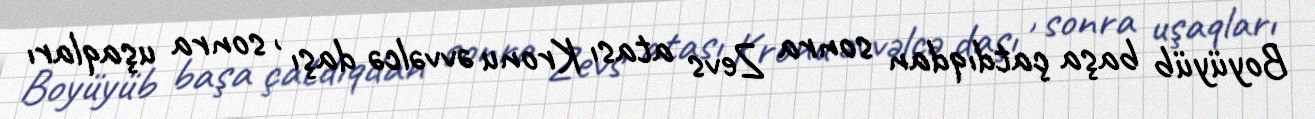
Boyüyüb başa çatdıqdan sonra Zevs atası Kronu əvvəlcə daşı , sonra uşaqları